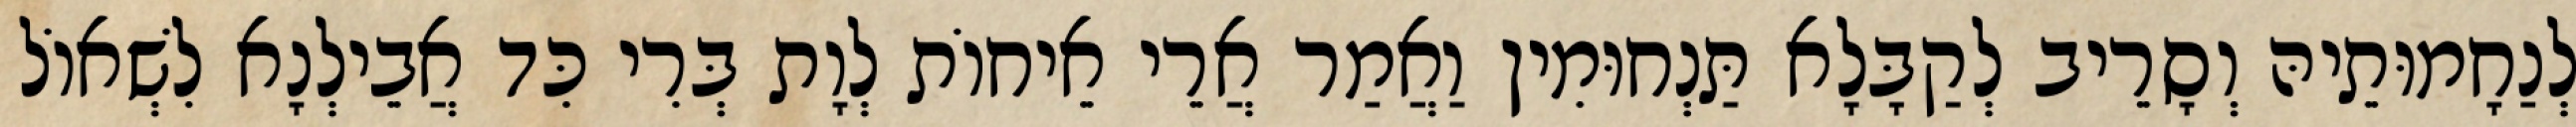
לְנַחָמוּתֵיהּ וְסָרֵיב לְקַבָּלָא תַּנְחוּמִין וַאֲמַר אֲרֵי אֵיחוֹת לְוָת בְּרִי כִּד אֲבֵילְנָא לִשְׁאוֹל